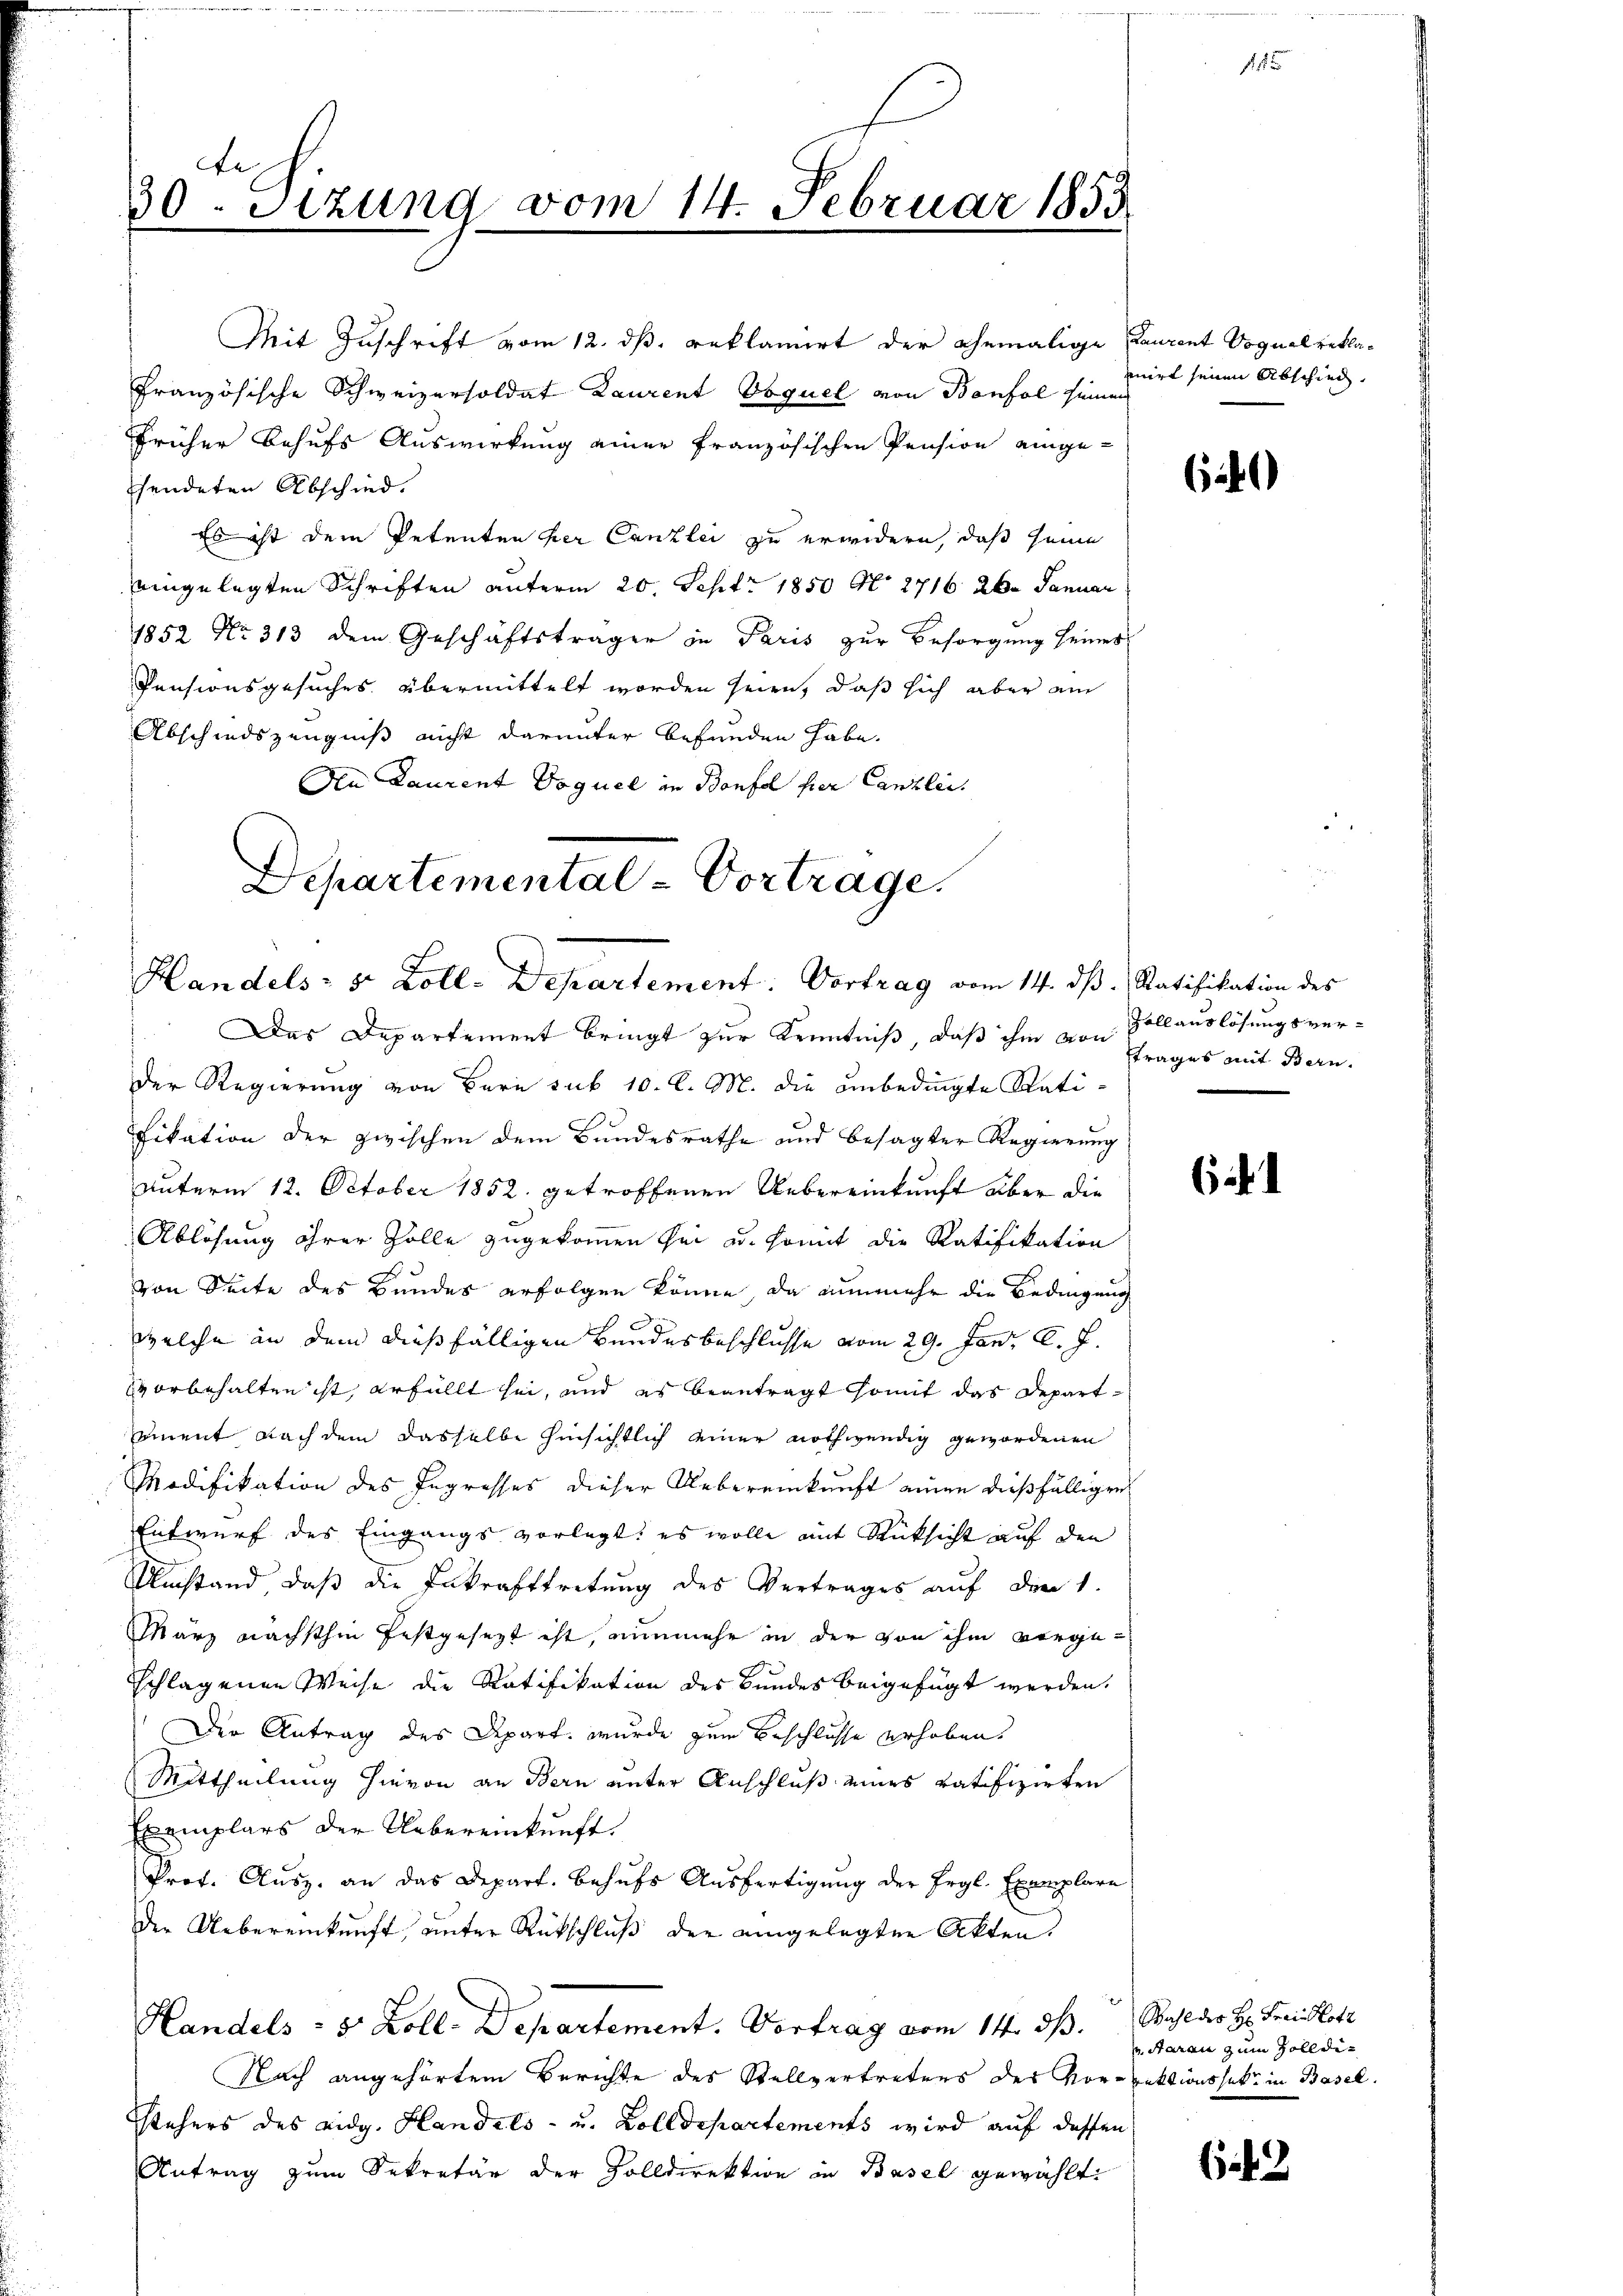
Joh.
30. Sizung vom 14. Februar 1853
f

Mit Zuschrift vom 12. ds. reklamirt der ehemalige Laurent Voguel rekla¬
Französische Schweizersoldat Laurent Voquel von Bonfol seinen
früher Behufs Auswirkung einer französischen Pension eingesendeten Abschied.
Es ist dem Petenten her Canzlei zu erwidern, daß seine
eingelegten Schriften unterm 20. Sept. 1850 N. 2716 26. Januar
1852 No 313 dem Geschäftsträger in Paris zur Besorgung seines
Pensionsgesuches übermittelt worden seien, daß sich aber am
Abschiedszeugniß nicht darunter befunden habe.
An Laurent Doquel in Benfel hier Canzlei.
Departemental-Vortrage.

Handels- 5 Zoll-Departement: Vortrag vom 14. ds. Ratifikation des

Das Departement bringt zur Kenntniß, daß ihm von Vollauslösungsver¬
Der Regierung von Bern sub 10. l. M. die unbedingte Ratifikation der zwischen dem Bundesrathe und besagter Regierung
Unterm 12. October 1852 getroffenen Uebereinkunft aber die
Ablösung ihrer Zolle zugekommen sei u. somit die Ratifikation
von Seite des Bundes erfolgen könne, da nunmehr die Bedingung
welche in dem diesfälligen Bundesbeschlusse vom 29. Juni l. J.
vorbehalten ist, erfüllt sei, und es beantragt somit das Departsement nach dem dasselbe hinsichtlich einer nothwendig gewordenen
Modifikation des Ingresses dieser Uebereinkunft einen dießfälligen
Entwurf des Eingangs vorlegt, es wolle mit Rücksicht auf den
Umstand, daß die Inkrafttretung des Vertrages auf den 1.
März nächsthin festgesezt ist, nunmehr in der von ihm vorgeschlagenen Weise die Ratifikation des Bundes beigefügt werden.
Der Antrag des Depart, wurde zum Beschlusse erhoben,
Mittheilung hievon an Bern unter Anschluß eines ratifizirten
Exemplars der Uebereinkunft.
Prof. Ausz. an das Depart. Behufs Ausfertigung der Ergl. Exemplare
Der Uebereinkunft, unter Rückschluß der eingelegten Akten.
Handels : 5 Zoll-Departement. Vortrag vom 14. ds. Wahl der Hr. Freundlott
Nach angehörtem Berichte des Stellvertreters der Vorrektionssakt in Basel.
stehers des eidg. Handels- u. Zolldepartements wird auf dessen
Antrag zum Sekretär der Zolldirektion in Basel gewählt.

mirt seinen Abschied.

f.

6)

trages mit Bern.

63

Aarau zum Zolldi¬